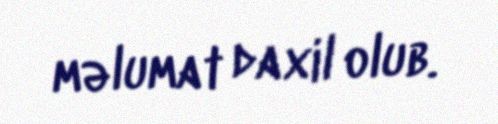
məlumat daxil olub.